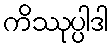
ကိဿုပ္ပါဒါ